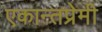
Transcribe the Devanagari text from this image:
एकान्तप्रेमी